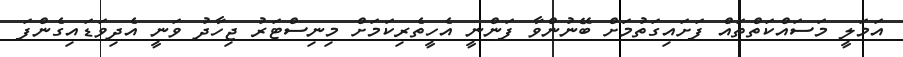
އަމަލީ މަސައްކަތްތައް ފަށައިގަތުމަށް ބޭނުންވާ ފަންނީ އެހީތެރިކަމަށް މިނިސްޓަރު ޖިހާދު ވަނީ އެދިވަޑައިގެންފަ